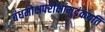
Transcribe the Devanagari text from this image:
बंधमोक्षपरीक्षामुदृंकयति